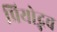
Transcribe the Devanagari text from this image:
प्रियोद्भव